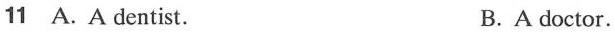
11 A. A dentist. B.A doctor.